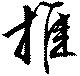
推